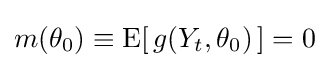
m(\theta _{0})\equiv \operatorname {E} [\,g(Y_{t},\theta _{0})\,]=0